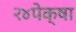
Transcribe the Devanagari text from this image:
२४पेक्षा